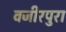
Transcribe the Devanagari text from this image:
वजीरपुरा